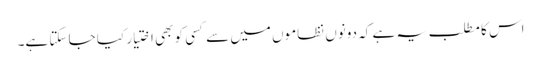
اس کا مطلب یہ ہے کہ دونوں نظاموں میں سے کسی کو بھی اختیار کیا جا سکتا ہے۔